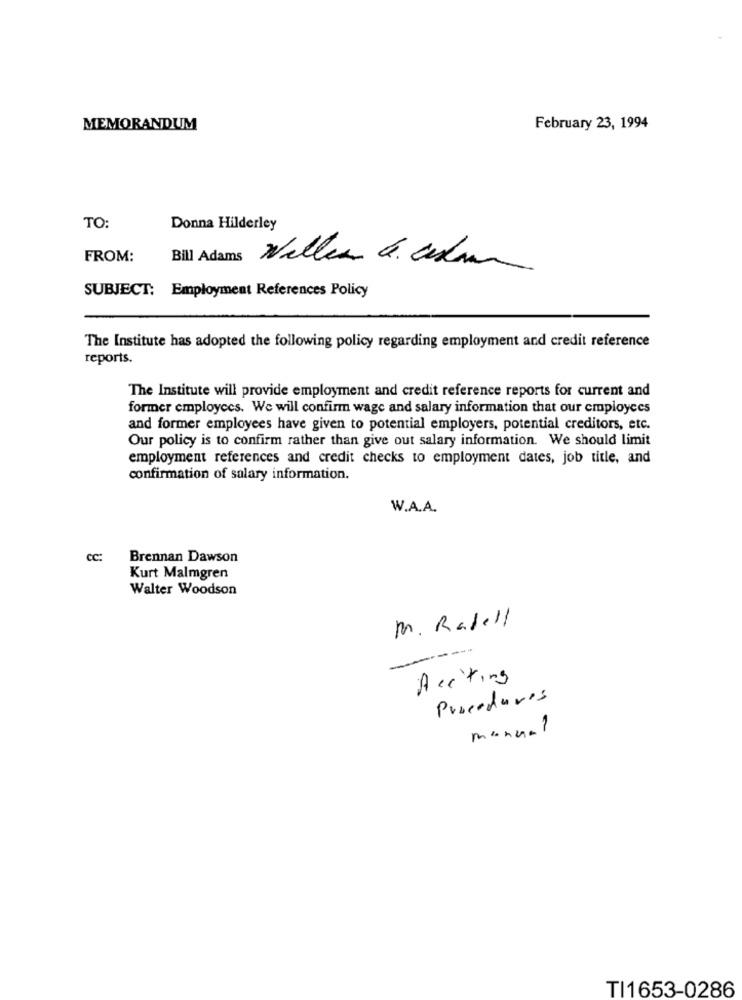
MEMORANDUM
February 23, 1994
TO:
Donna Hilderley
FROM:
Bill Adams
Wallen 6. sedan
SUBJECT: Employment References Policy
The Institute has adopted the following policy regarding employment and credit reference
reports.
The Institute will provide employment and credit reference reports for current and
former employees. We will confirm wage and salary information that our employees
and former employees have given to potential employers, potential creditors, etc.
Our policy is to confirm rather than give out salary information. We should limit
employment references and credit checks to employment dates, job title, and
confirmation of salary information.
W.A.A.
CC:
Brennan Dawson
Kurt Malmgren
Walter Woodson
M. Radell
-----
Accting
Procedures
manual
TI1653-0286